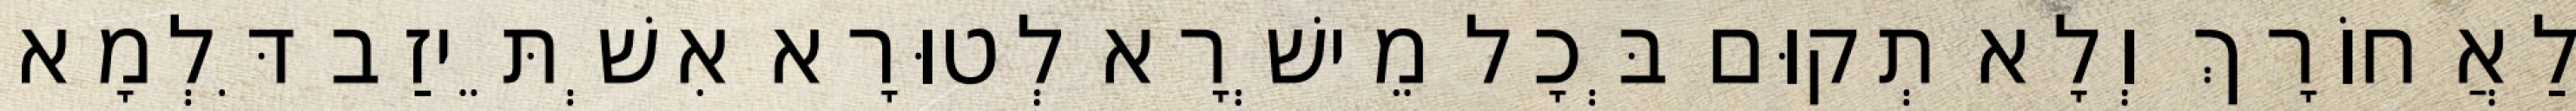
לַאֲחוֹרָךְ וְלָא תְקוּם בְּכָל מֵישְׁרָא לְטוּרָא אִשְׁתֵּיזַב דִּלְמָא